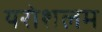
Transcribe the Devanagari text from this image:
यरोशलम